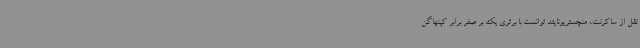
نقل از ساکرنت، منچستریونایتد توانست با برتری یک بر صفر برابر کپنهاگن